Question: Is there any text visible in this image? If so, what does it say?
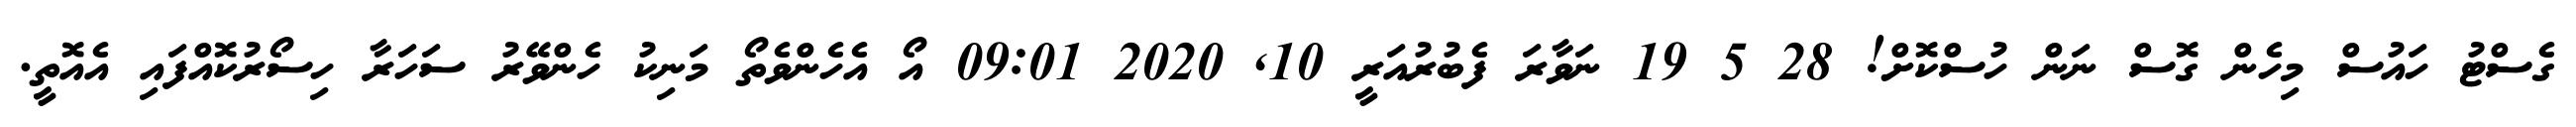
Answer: ގެސްޓު ހައުސް މިހެން ގޮސް ނަން ހުސްކޮށް! 28 5 19 ނަވާރަ ފެބުރުއަރީ 10, 2020 09:01 އޯ އެހެންވެތޯ މަނިކު ހެންވޭރު ސަހަރާ ހިސޯރުކޮއްފައި އެއޮތީ.